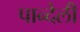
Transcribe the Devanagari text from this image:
पान्देली